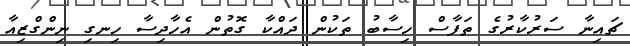
ޗައިނާ ސަރުކާރުގެ ތަފާސް ހިސާބު ތަކުން ދައްކާ ގޮތުން އެހާދިސާ ހިނގި ނިންގްޒިއާ